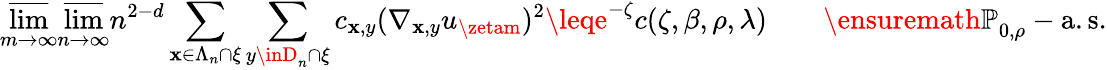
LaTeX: \varlimsup_{m\rightarrow\infty}\varlimsup_{n\rightarrow\infty}n^{2-d}\sum_{\mathbf{x}\in\Lambda_{n}\cap\xi}\sum_{y\inD_{n}\cap\xi}c_{\mathbf{x},y}(\nabla_{\mathbf{x},y}u_{\zetam})^{2}\leqe^{-\zeta}c(\zeta,\beta,\rho,\lambda)\qquad{\ensuremath{{\mathbb{P}}}}_{0,\rho}-\mathrm{{a.s.}}